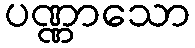
ပဏ္ဏာသော